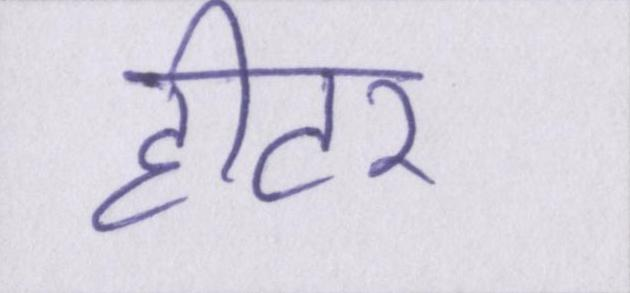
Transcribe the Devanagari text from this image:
हीटर